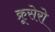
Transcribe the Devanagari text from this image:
क्रूसेरो